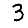
Digit: 3